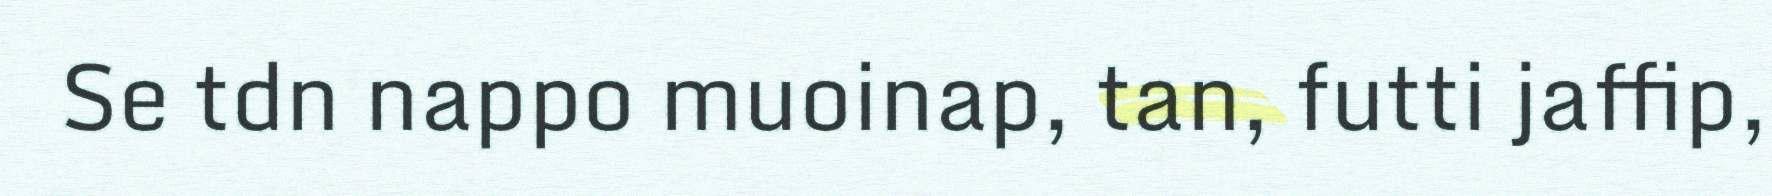
Se tdn nappo muoinap, tan, futti jaffip,